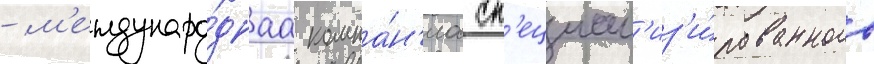
- м'еждунаро́днаа компа́н'иа сп'ециал'из'и́рованного